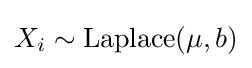
X_{i}\sim {\textrm {Laplace}}(\mu ,b)